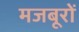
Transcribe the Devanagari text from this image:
मजबूरों